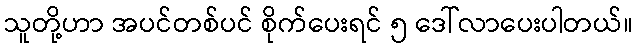
သူတို့ဟာ အပင်တစ်ပင် စိုက်ပေးရင် ၅ ဒေါ်လာပေးပါတယ်။